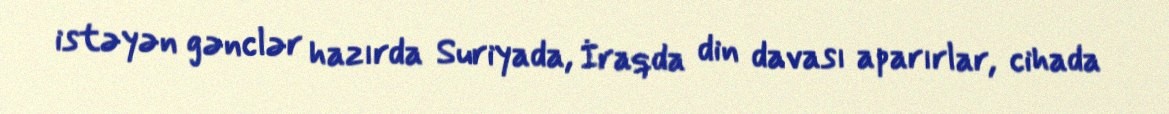
istəyən gənclər hazırda Suriyada, İraqda din davası aparırlar, cihada